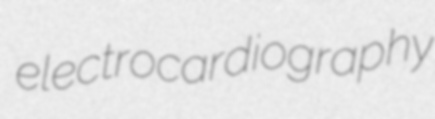
electrocardiography